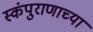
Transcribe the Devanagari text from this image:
स्कंपुराणाच्या